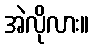
အဲလိုလား။